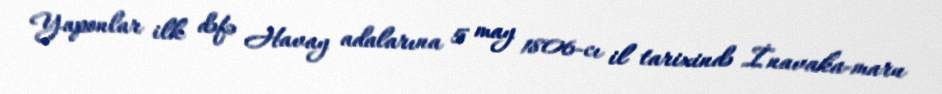
Yaponlar ilk dəfə Havay adalarına 5 may 1806-cı il tarixində İnavaka-maru